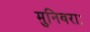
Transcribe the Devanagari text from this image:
मुनिवराः